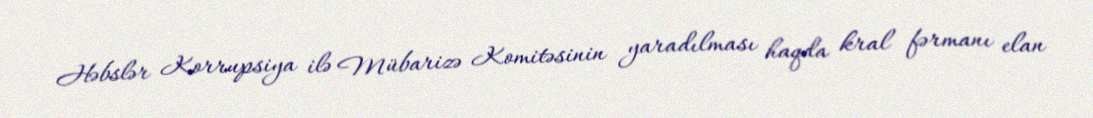
Həbslər Korrupsiya ilə Mübarizə Komitəsinin yaradılması haqda kral fərmanı elan